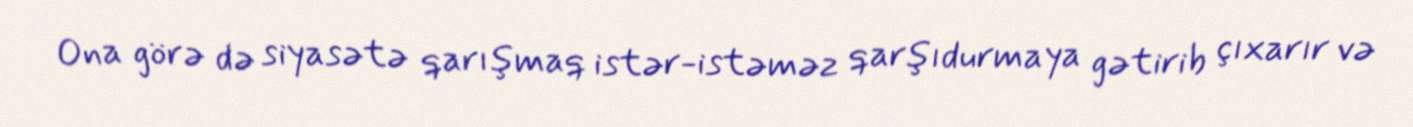
Ona görə də siyasətə qarışmaq istər-istəməz qarşıdurmaya gətirib çıxarır və